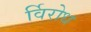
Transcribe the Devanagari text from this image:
र्विरोध